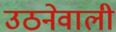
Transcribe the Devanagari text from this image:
उठनेवाली